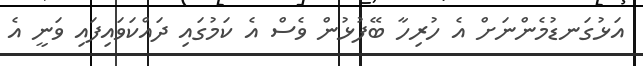
އަޅުގަނޑުމެންނަށް އެ ހުރިހާ ބޭފުޅުން ވެސް އެ ކަމުގައި ދައްކަވައިފައި ވަނީ އެ